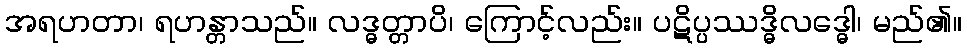
အရဟတာ၊ ရဟန္တာသည်။ လဒ္ဓတ္တာပိ၊ ကြောင့်လည်း။ ပဋိပ္ပဿဒ္ဓိလဒ္ဓေါ၊ မည်၏။